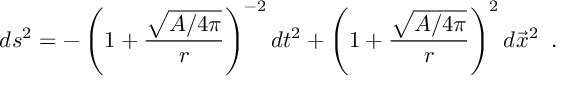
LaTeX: d s ^ { 2 } = - \left( 1 + { \frac { \sqrt { A / 4 \pi } } { r } } \right) ^ { - 2 } d t ^ { 2 } + \left( 1 + { \frac { \sqrt { A / 4 \pi } } { r } } \right) ^ { 2 } d \vec { x } ^ { 2 } \; \; .